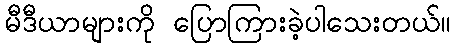
မီဒီယာများကို ပြောကြားခဲ့ပါသေးတယ်။